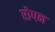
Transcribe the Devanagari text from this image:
रोषन